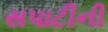
સપાટીની